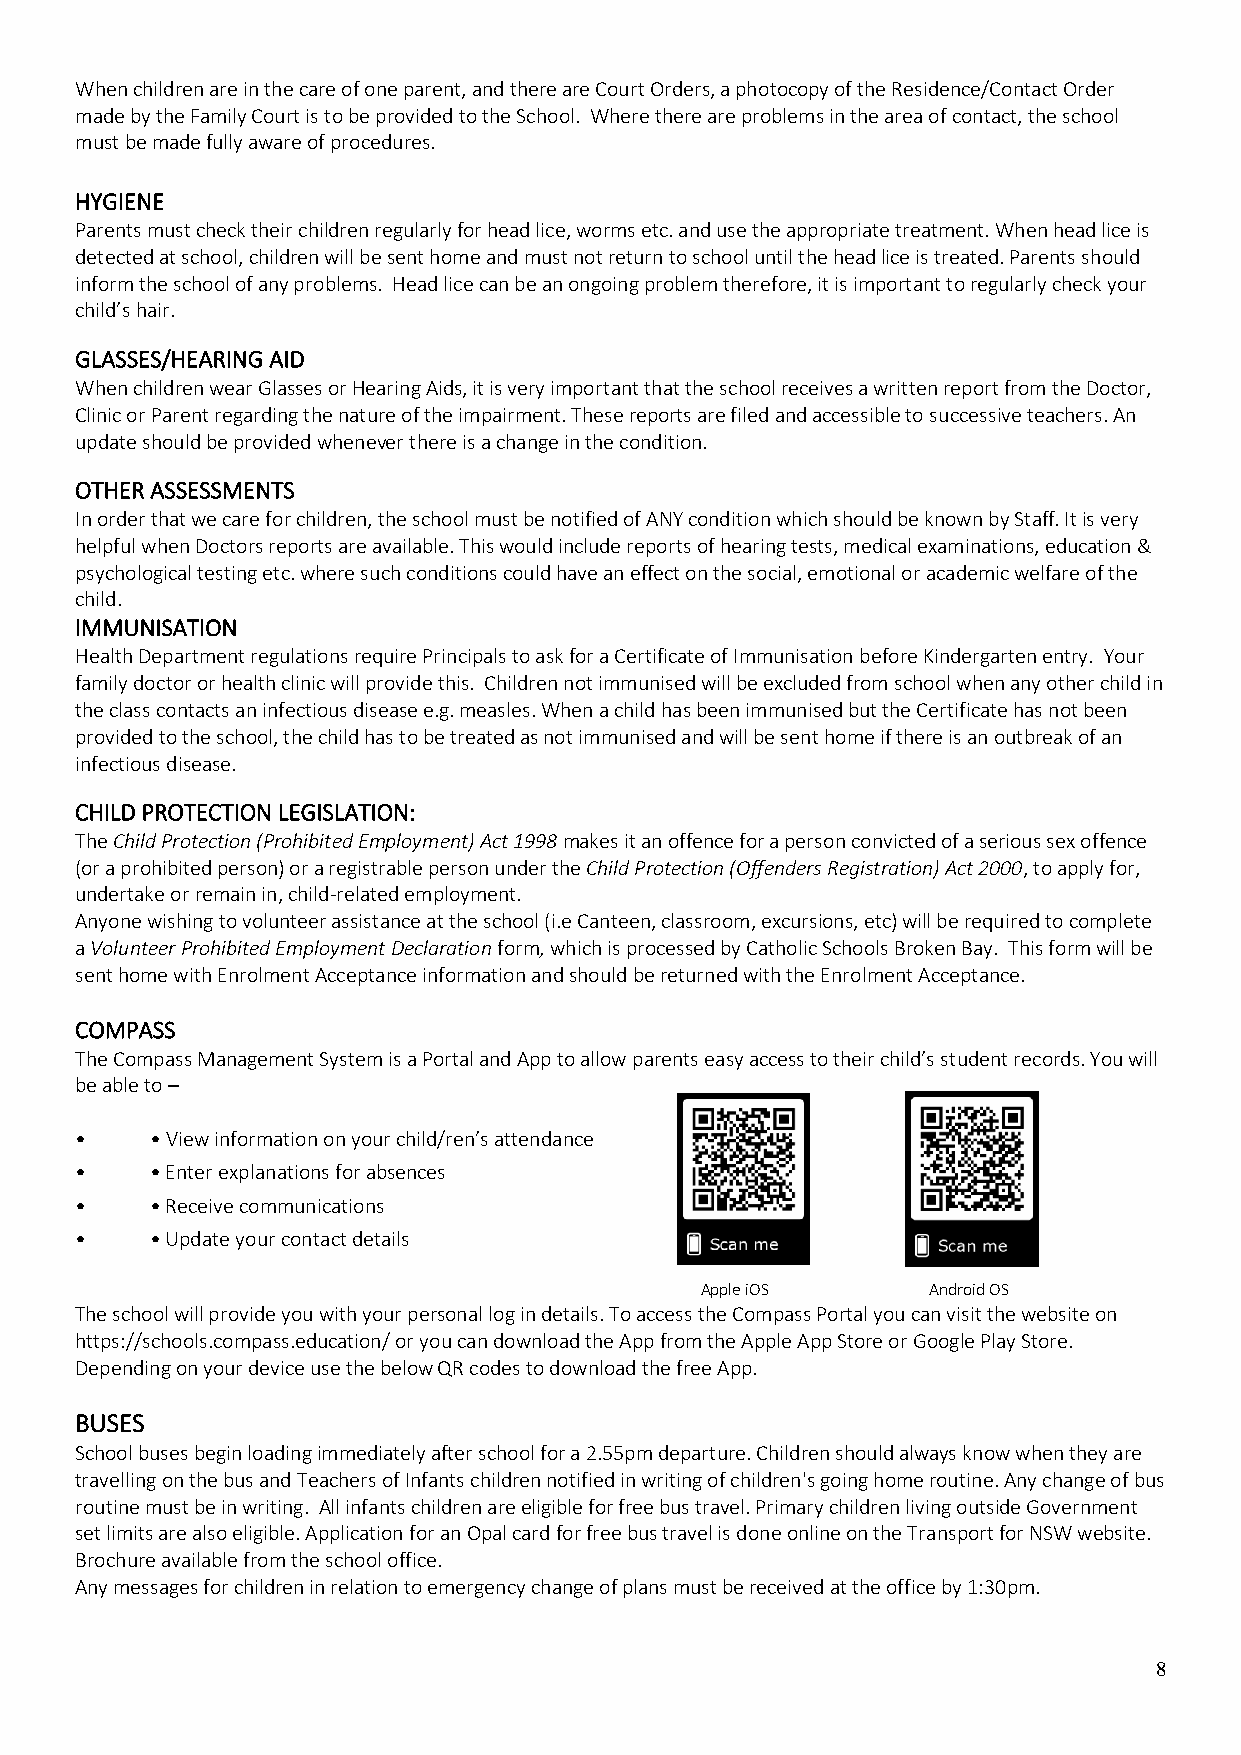
When children are in the care of one parent, and there are Court Orders, a photocopy of the Residence/Contact Order
 made by the Family Court is to be provided to the School. Where there are problems in the area of contact, the school
 must be made fully aware of procedures.
 HYGIENE
 Parents must check their children regularly for head lice, worms etc. and use the appropriate treatment. When head lice is
 detected at school, children will be sent home and must not return to school until the head lice is treated. Parents should
 inform the school of any problems. Head lice can be an ongoing problem therefore, it is important to regularly check your
 child’s hair.
 GLASSES/HEARING AID
 When children wear Glasses or Hearing Aids, it is very important that the school receives a written report from the Doctor,
 Clinic or Parent regarding the nature of the impairment. These reports are filed and accessible to successive teachers. An
 update should be provided whenever there is a change in the condition.
 OTHER ASSESSMENTS
 In order that we care for children, the school must be notified of ANY condition which should be known by Staff. It is very
 helpful when Doctors reports are available. This would include reports of hearing tests, medical examinations, education &
 psychological testing etc. where such conditions could have an effect on the social, emotional or academic welfare of the
 child.
 IMMUNISATION
 Health Department regulations require Principals to ask for a Certificate of Immunisation before Kindergarten entry. Your
 family doctor or health clinic will provide this. Children not immunised will be excluded from school when any other child in
 the class contacts an infectious disease e.g. measles. When a child has been immunised but the Certificate has not been
 provided to the school, the child has to be treated as not immunised and will be sent home if there is an outbreak of an
 infectious disease.
 CHILD PROTECTION LEGISLATION:
 The Child Protection (Prohibited Employment) Act 1998 makes it an offence for a person convicted of a serious sex offence
 (or a prohibited person) or a registrable person under the Child Protection (Offenders Registration) Act 2000, to apply for,
 undertake or remain in, child-related employment.
 Anyone wishing to volunteer assistance at the school (i.e Canteen, classroom, excursions, etc) will be required to complete
 a Volunteer Prohibited Employment Declaration form, which is processed by Catholic Schools Broken Bay. This form will be
 sent home with Enrolment Acceptance information and should be returned with the Enrolment Acceptance.
 COMPASS
 The Compass Management System is a Portal and App to allow parents easy access to their child’s student records. You will
 be able to –
 •    • View information on your child/ren’s attendance
 •    • Enter explanations for absences
 •    • Receive communications
 •    • Update your contact details
 Apple iOS      Android OS
 The school will provide you with your personal log in details. To access the Compass Portal you can visit the website on
 https://schools.compass.education/ or you can download the App from the Apple App Store or Google Play Store.
 Depending on your device use the below QR codes to download the free App.
 BUSES
 School buses begin loading immediately after school for a 2.55pm departure. Children should always know when they are
 travelling on the bus and Teachers of Infants children notified in writing of children's going home routine. Any change of bus
 routine must be in writing. All infants children are eligible for free bus travel. Primary children living outside Government
 set limits are also eligible. Application for an Opal card for free bus travel is done online on the Transport for NSW website.
 Brochure available from the school office.
 Any messages for children in relation to emergency change of plans must be received at the office by 1:30pm.
 8